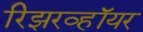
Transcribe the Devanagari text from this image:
रिझरव्हॉयर